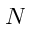
N